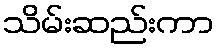
သိမ်းဆည်းကာ